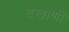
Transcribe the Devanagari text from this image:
दखाणी